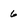
Character: 6